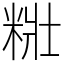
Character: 䊋